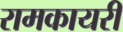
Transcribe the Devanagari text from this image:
रामकायरी